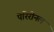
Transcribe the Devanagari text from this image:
पेरिरीनल